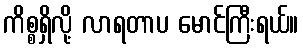
ကိစ္စရှိလို့ လာရတာပ မောင်ကြီးရယ်။